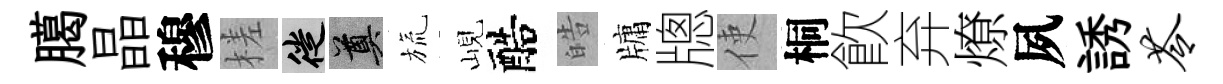
臈晶穆槎徙奠旒峴醅皓牗牕使桐飮弃燎夙誘苓